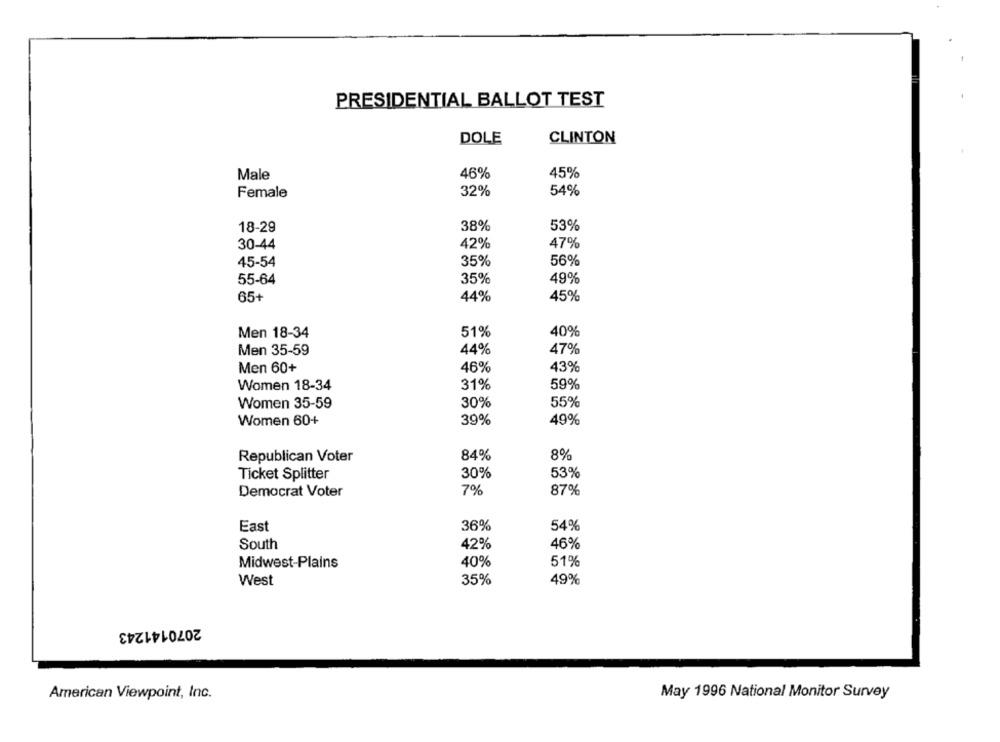
PRESIDENTIAL BALLOT TEST
DOLE
CLINTON
Male
46%
45%
Female
32%
54%
18-29
38%
53%
42%
47%
30-44
45-54
35%
56%
55-64
35%
49%
65+
44%
45%
51%
40%
Men 18-34
Men 35-59
44%
47%
Men 60+
46%
43%
31%
59%
Women 18-34
Women 35-59
30%
55%
Women 60+
39%
49%
Republican Voter
84%
8%
30%
53%
Ticket Splitter
Democrat Voter
7%
87%
East
36%
54%
South
42%
46%
Midwest-Plains
40%
51%
West
35%
49%
2070141243
American Viewpoint, Inc.
May 1996 National Monitor Survey